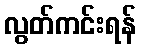
လွတ်ကင်းရန်